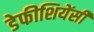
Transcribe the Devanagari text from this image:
डेफीशियेंसी